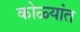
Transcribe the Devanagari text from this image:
कोळ्यांत